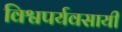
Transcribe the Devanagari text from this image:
विश्वपर्यवसायी